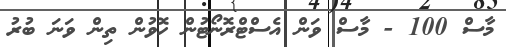
މާސް 100 - މާސް ވަން އެސްޓްރޮނޯޓުން ހޮވުން ތިން ވަނަ ބުރު